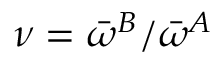
\nu = \bar { \omega } ^ { B } / \bar { \omega } ^ { A }